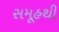
સમૂહથી